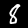
Digit: 8